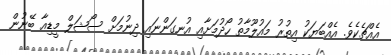
އެއްޗެކެވެ. އެއްބަޔަކު އިތުރު މައުލޫމާތު ހޯދުމަށާއި އުނގަންނައި ދިނުމަށް ސޯޝަލް މީޑިއާ ބޭނުން